Lunatic asylums Central Provinces reports 1886-1894 - 1886-1894
Year: 1886
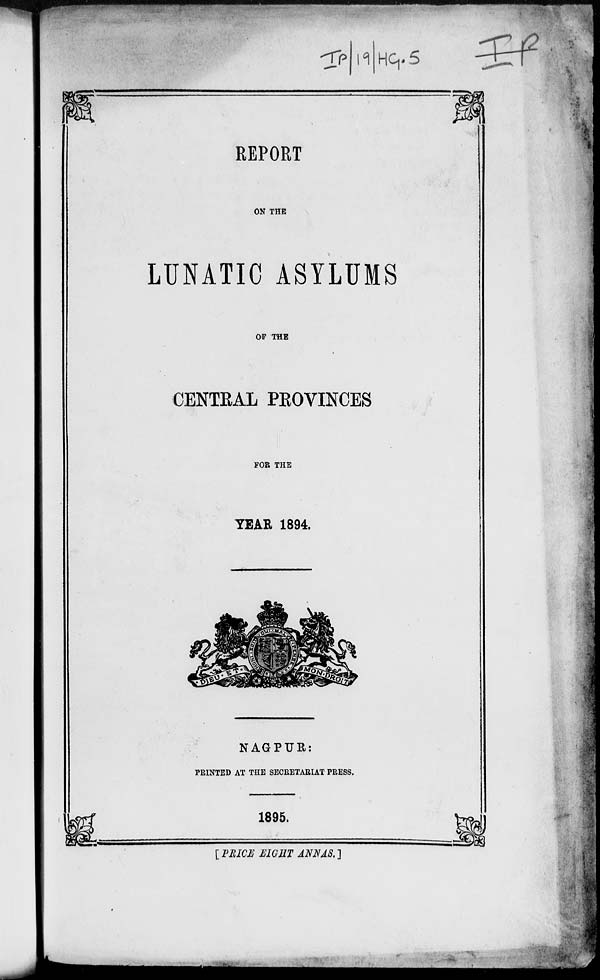
REPORT
ON THE
LUNATIC ASYLUMS
OF THE
CENTRAL PROVINCES
FOR THE
YEAR 1894.
NAGPUR:
PRINTED AT THE SECRETARIAT PRESS.
1895.
[ PRICE EIGHT ANNAS. ]